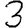
Digit: 3